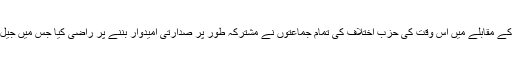
مادرِ ملّت محترمہ فاطمہ جناح کو جنرل ایوب خان کے مقابلے میں اُس وقت کی حزبِ اختلاف کی تمام جماعتوں نے مشترکہ طور پر صدارتی امیدوار بننے پر راضی کیا جس میں جیل میں مقید جماعت اسلامی کی قیادت بھی شامل تھی۔